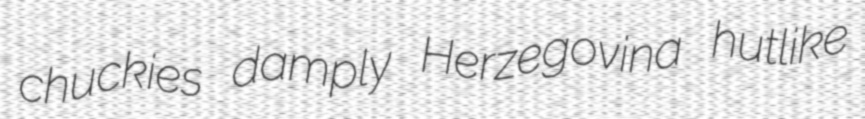
chuckies damply Herzegovina hutlike